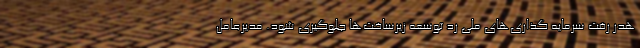
هدر رفت سرمایه گذاری‌های ملی رد توسعه زیرساخت‌ها جلوگیری شود. مدیرعامل